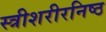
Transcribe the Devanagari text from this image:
स्त्रीशरीरनिष्ठ